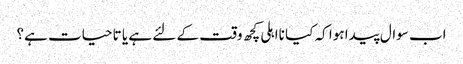
اب سوال پیدا ہوا کہ کیا نااہلی کچھ وقت کے لئے ہے یا تاحیات ہے؟